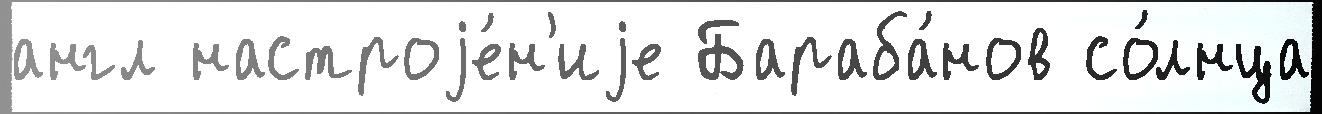
англ настроjе́н'иjе Бараба́нов со́лнца